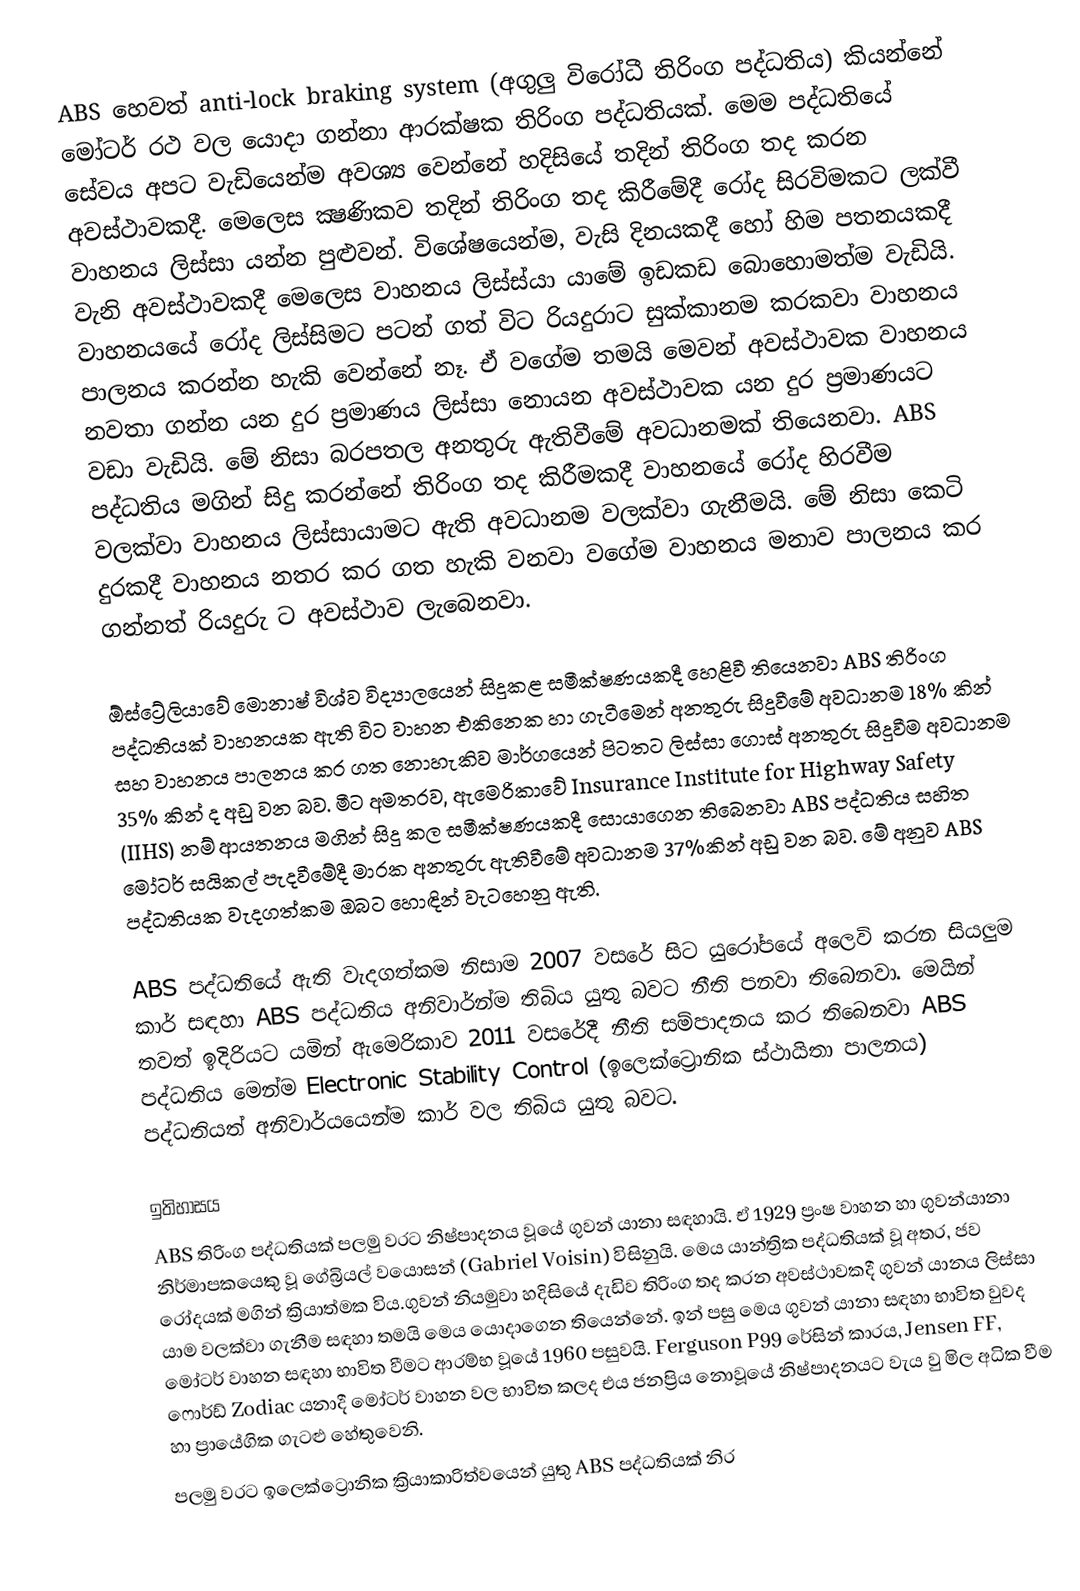
ABS හෙවත් anti-lock braking system (අගුලු විරෝධී තිරිංග පද්ධතිය) කියන්නේ මෝටර් රථ වල යොදා ගන්නා ආරක්ෂක තිරිංග පද්ධතියක්. මෙම පද්ධතියේ සේවය අපට වැඩියෙන්ම අවශ්‍ය වෙන්නේ හදිසියේ තදින් තිරිංග තද කරන අවස්ථාවකදී. මෙලෙස ක්‍ෂණිකව තදින් තිරිංග තද කිරීමේදී රෝද සිරවිමකට ලක්වී වාහනය ලිස්සා යන්න පුළුවන්. විශේෂයෙන්ම, වැසි දිනයකදී හෝ හිම පතනයකදී වැනි අවස්ථාවකදී මෙලෙස වාහනය ලිස්ස්යා යාමේ ඉඩකඩ බොහොමත්ම වැඩියි. වාහනයයේ රෝද ලිස්සිමට පටන් ගත් විට රියදුරාට සුක්කානම කරකවා වාහනය පාලනය කරන්න හැකි වෙන්නේ නෑ. ඒ වගේම තමයි මෙවන් අවස්ථාවක වාහනය නවතා ගන්න යන දුර ප්‍රමාණය ලිස්සා නොයන අවස්ථාවක යන දුර ප්‍රමාණයට වඩා වැඩියි. මේ නිසා බරපතල අනතුරු ඇතිවීමේ අවධානමක් තියෙනවා. ABS පද්ධතිය මගින් සිදු කරන්නේ තිරිංග තද කිරීමකදී වාහනයේ රෝද හිරවීම වලක්වා වාහනය ලිස්සායාමට ඇති අවධානම වලක්වා ගැනීමයි. මේ නිසා කෙටි දුරකදී වාහනය නතර කර ගත හැකි වනවා වගේම වාහනය මනාව පාලනය කර ගන්නත් රියදුරු ට අවස්ථාව ලැබෙනවා.

ඕස්ට්‍රේලියාවේ මොනාෂ් විශ්ව විද්‍යාලයෙන් සිදුකළ සමීක්ෂණයකදී හෙළිවී තියෙනවා ABS තිරිංග පද්ධතියක් වාහනයක ඇති විට වාහන එකිනෙක හා ගැටීමෙන් අනතුරු සිදුවීමේ අවධානම 18% කින් සහ වාහනය පාලනය කර ගත නොහැකිව මාර්ගයෙන් පිටතට ලිස්සා ගොස් අනතුරු සිදුවීම අවධානම 35% කින් ද අඩු වන බව. මීට අමතරව, ඇමෙරිකාවේ Insurance Institute for Highway Safety (IIHS) නම් ආයතනය මගින් සිදු කල සමීක්ෂණයකදී සොයාගෙන තිබෙනවා ABS පද්ධතිය සහිත මෝටර් සයිකල් පැදවීමේදී මාරක අනතුරු ඇතිවීමේ අවධානම 37%කින් අඩු වන බව. මේ අනුව ABS පද්ධතියක වැදගත්කම ඔබට හොඳින් වැටහෙනු ඇති.

ABS පද්ධතියේ ඇති වැදගත්කම නිසාම 2007 වසරේ සිට යුරෝපයේ අලෙවි කරන සියලුම කාර් සඳහා ABS පද්ධතිය අනිවාර්න්ම තිබිය යුතු බවට නීති පනවා තිබෙනවා. මෙයින් තවත් ඉදිරියට යමින් ඇමෙරිකාව 2011 වසරේදී නීති සම්පාදනය කර තිබෙනවා ABS පද්ධතිය මෙන්ම Electronic Stability Control (ඉලෙක්ට්‍රොනික ස්ථායිතා පාලනය) පද්ධතියත් අනිවාර්යයෙන්ම කාර් වල තිබිය යුතු බවට.

ඉතිහාසය
ABS තිරිංග පද්ධතියක් පලමු වරට නිෂ්පාදනය වූයේ ගුවන් යානා සඳහායි. ඒ 1929 ප්‍රංෂ වාහන හා ගුවන්යානා නිර්මාපකයෙකු වූ ගේබ්‍රියල් වයොසන් (Gabriel Voisin) විසිනුයි. මෙය යාන්ත්‍රික පද්ධතියක් වූ අතර, ජව රෝදයක් මගින් ක්‍රියාත්මක විය.ගුවන් නියමුවා හදිසියේ දැඩිව තිරිංග තද කරන අවස්ථාවකදී ගුවන් යානය ලිස්සා යාම වලක්වා ගැනීම සඳහා තමයි මෙය යොදාගෙන තියෙන්නේ. ඉන් පසු මෙය ගුවන් යානා සඳහා භාවිත වුවද මෝටර් වාහන සඳහා භාවිත වීමට ආරම්භ වූයේ 1960 පසුවයි. Ferguson P99 රේසින් කාරය, Jensen FF, ෆොර්ඩ් Zodiac යනාදී මෝටර් වාහන වල භාවිත කලද එය ජනප්‍රිය නොවූයේ නිෂ්පාදනයට වැය වු මිල අධික වීම හා ප්‍රායේගික ගැටළු හේතුවෙනි.
පලමු වරට ඉලෙක්ට්‍රොනික ක්‍රියාකාරිත්වයෙන් යුතු ABS පද්ධතියක් නිර